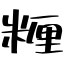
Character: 糎